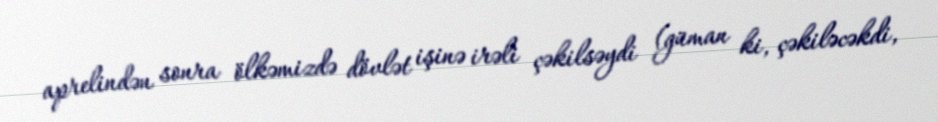
aprelindən sonra ölkəmizdə dövlət işinə irəli çəkilsəydi (güman ki, çəkiləcəkdi,